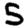
Digit: 5